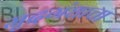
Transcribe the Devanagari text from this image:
मृदगंधाचा